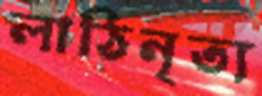
লাঠিনৃত্য